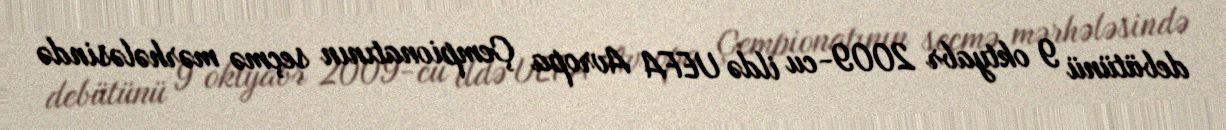
debütünü 9 oktyabr 2009-cu ildə UEFA Avropa Çempionatının seçmə mərhələsində